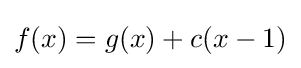
f(x)=g(x)+c(x-1)